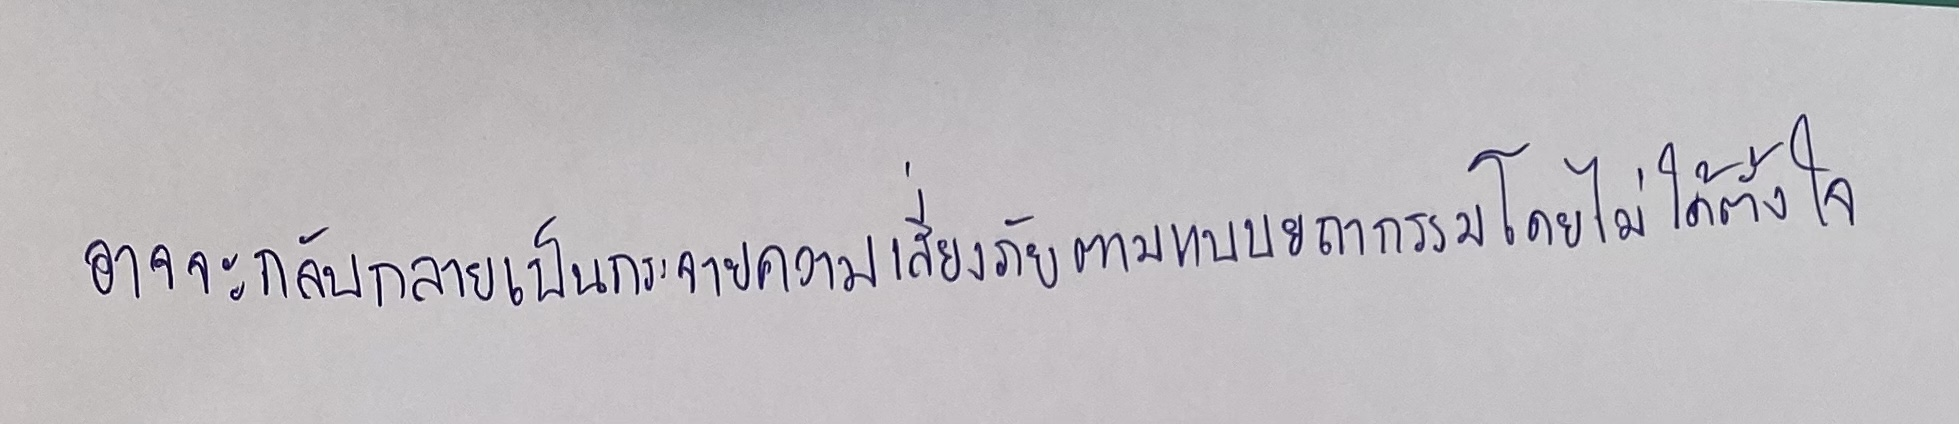
อาจจะกลับกลายเป็นการกระจายความเสี่ยงภัยตามแบบยถากรรมโดยไม่ได้ตั้งใจ